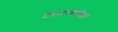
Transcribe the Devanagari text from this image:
आमच्यापेक्षा